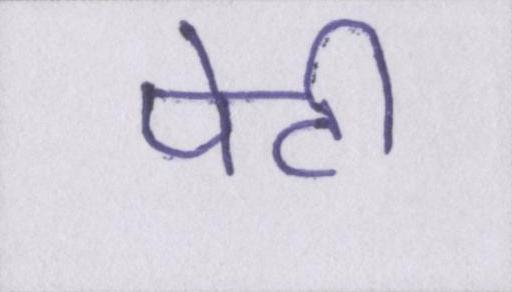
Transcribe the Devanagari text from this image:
पेटी